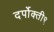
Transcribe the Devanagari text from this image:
दर्पोक्ती९